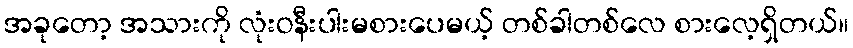
အခုတော့ အသားကို လုံးဝနီးပါးမစားပေမယ့် တစ်ခါတစ်လေ စားလေ့ရှိတယ်။